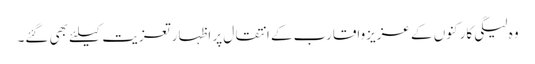
وہ لیگی کارکنوں کے عزیزواقارب کے انتقال پر اظہار تعزیت کیلئے بھی گئے۔